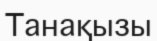
Танақызы